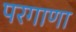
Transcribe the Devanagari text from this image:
परगाणा